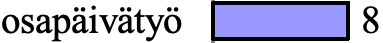
osapäivätyö 8